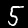
Label: 5